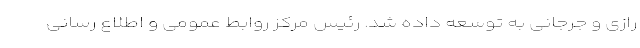
رازی و جرجانی به توسعه داده شد. رئیس مرکز روابط عمومی و اطلاع رسانی